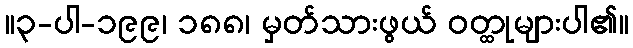
။၃-ပါ-၁၉၉၊ ၁၈၈၊ မှတ်သားဖွယ် ဝတ္ထုများပါ၏။